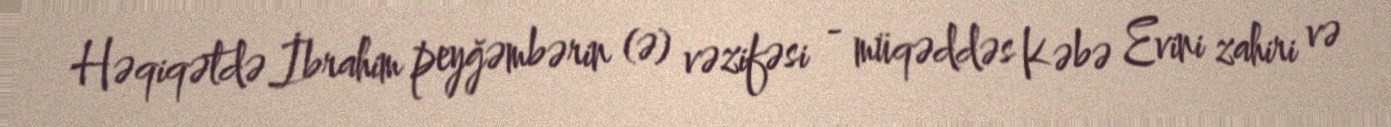
Həqiqətdə İbrahim peyğəmbərin (ə) vəzifəsi - müqəddəs Kəbə Evini zahiri və